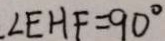
\angle E H F = 9 0 ^ { \circ }